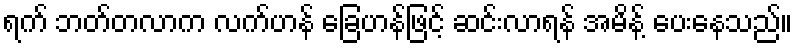
ရက် ဘတ်တလာက လက်ဟန် ခြေဟန်ဖြင့် ဆင်းလာရန် အမိန့် ပေးနေသည်။